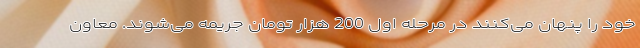
خود را پنهان می‌کنند در مرحله اول 200 هزار تومان جریمه می‌شوند. معاون